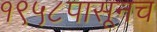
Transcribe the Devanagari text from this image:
१९५८पासूनच